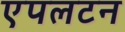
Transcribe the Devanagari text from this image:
एपलटन